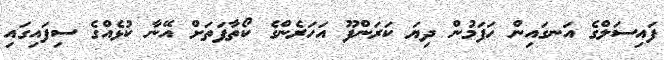
ފައިސަލްގެ އަނގައިން ހަފަމުން ދިޔަ ކަރަންފޫ އަހަރެންގެ ކޯތާފަތަށް އޭނާ ކުޅެއްގެ ސިފައިގައި